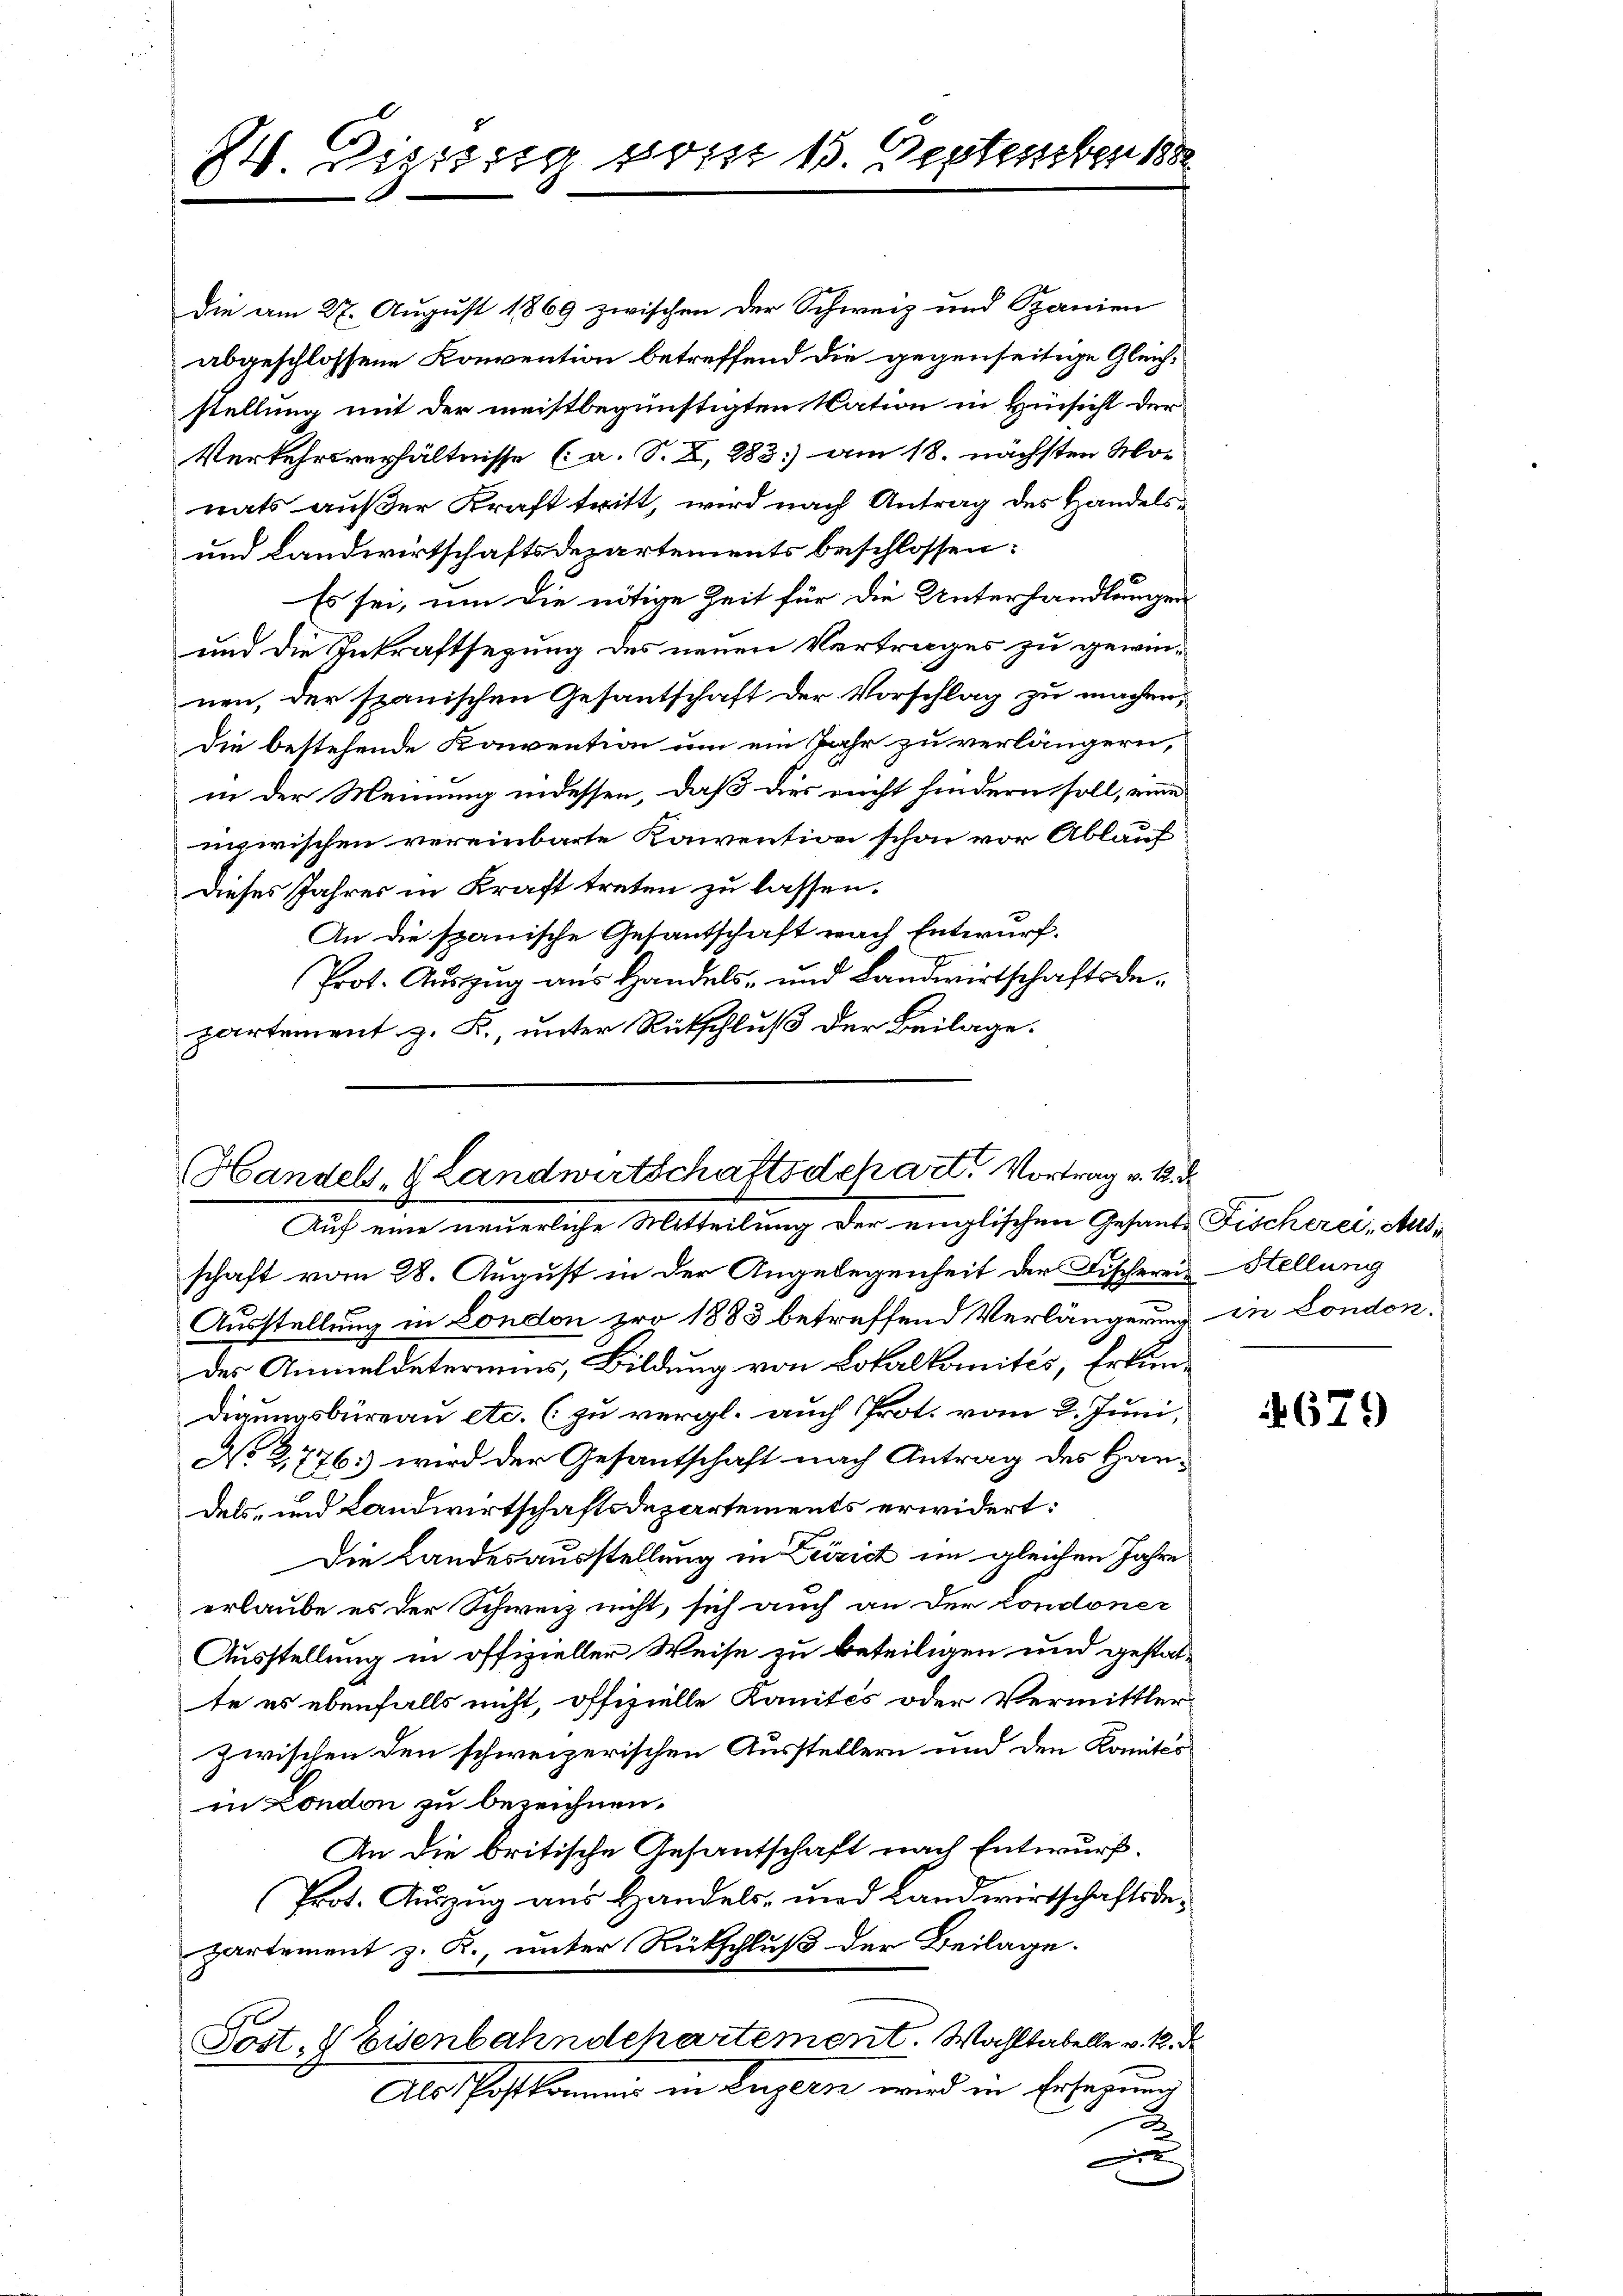
24. Digung vom 15. September 188

die am 27. August 1869 zwischen der Schweiz und Spanien
abgeschlossene Konvention betreffend die gegenseitige Gleichstellung mit der meistbegünstigten Nation in Einsicht der
Verkehrsverhältnisse (a. S. X, 283. am 18. nächsten Monats außer Kraft tritt, wird nach Antrag des Handels¬
und Landwirtschaftsdepartements beschlossen:
Es sei, um die nötige Zeit für die Unterhandlungen
und die Inkraftsezung des neuen Vertrages zu gewinnen, der spanischen Gesantschaft der Vorschlag zu machen,
die bestehende Konvention um ein Jahr zu verlängern,
in der Meinung indessen, daß dies nicht hindern soll, eine
nzwischen vereinbarte Konvention schon vor Ablauf
Dieses Jahres in Kraft treten zu lassen.
An die spanische Gesantschaft nach Entwurf.
Prot. Auszug aus Handels- und Landwirtschaftsdepartement z. B., unter Rütschluß der Beilage.

Handels- & Landwirtschaftsdepart. Vortrag v. M. D.
Auf eine neuerliche Mitteilung der englischen Gesant Fischerei, Aus¬

schaft vom 28. August in der Angelegenheit der Fischereis-Stellung
Ausstellung in London pro 1883 betreffend Verlängerung in Londondes Anmeldeteriums, Bildung von Lokalkomités, Erkundigungsbüreau etc. (zu vergl. auch Prot. vom 2. Juni,
No 2776 wird der Gesantschaft nach Antrag des Handels, und Landwirtschaftsdepartements erwidert:
Die Landesausstellung in Leirich im gleichen Jahre
erlaube es der Schweiz nicht, sich auch an der Londoner
Ausstellung in offizieller Weise zu beteiligen und gestatte es ebenfalls nicht, offizielle Kanités oder Vermittler
zwischen den schweizerischen Ausstellern und den Komités
in London zu bezeichnen.
An die britische Gesantschaft nach Entwurf.
Prot. Auszug aus Handels- und Landwirtschaftsdepartement z. R., unter Rückschluß der Beilage.
Post, & Eisenbahndchartement. Wahltabelle v. 1. d.
Abschaftkommen in Luzern wird in Ersezung
x
x

4679